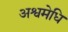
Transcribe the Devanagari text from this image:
अश्वमेधि